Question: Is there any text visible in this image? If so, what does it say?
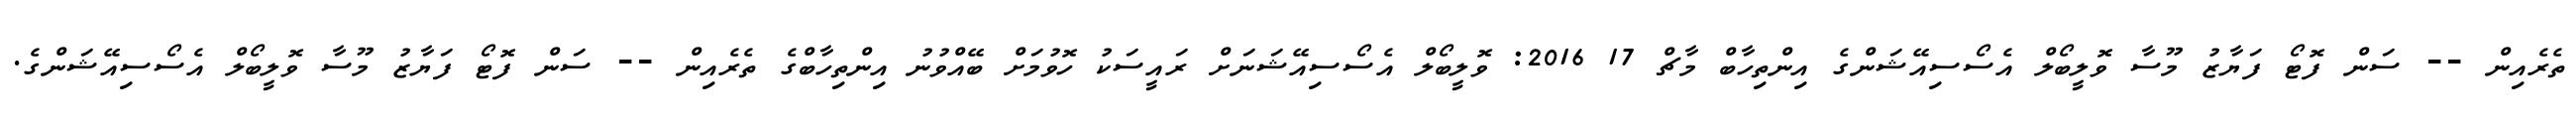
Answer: ތެރެއިން -- ސަން ފޮޓޯ ފަޔާޒު މޫސާ ވޮލީބޯލް އެސޯސިއޭޝަންގެ އިންތިހާބް މާޗް 17 2016: ވޮލީބޯލް އެސޯސިއޭޝަނަށް ރައީސަކު ހޮވުމަށް ބޭއްވުނު އިންތިހާބްގެ ތެރެއިން -- ސަން ފޮޓޯ ފަޔާޒު މޫސާ ވޮލީބޯލް އެސޯސިއޭޝަންގެ.